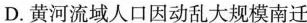
D.黄河流域人口因动乱大规模南迁